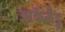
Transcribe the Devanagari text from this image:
आर्केमेडू